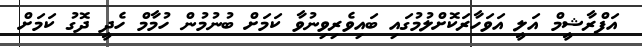
އަފްރާޝީމް އަލީ އަވަހާރަކޮށްލުމުގައި ބައިވެރިވިނުވާ ކަމަށް ބުނުމުން ހުމާމް ހެދީ ދޮގު ކަމަށް